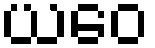
ယဝေ